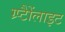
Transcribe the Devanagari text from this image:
ग्र्प्टैैोंलाइट